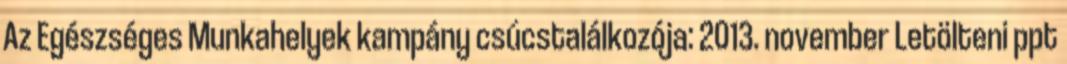
Az Egészséges Munkahelyek kampány csúcstalálkozója: 2013. november Letölteni ppt